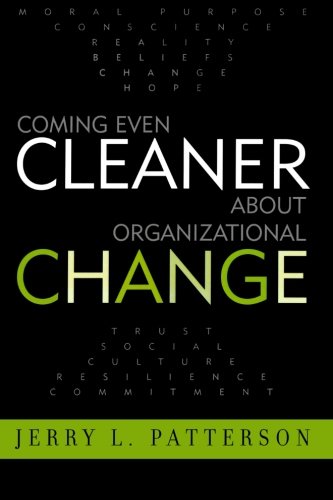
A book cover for Coming Even Cleaner About Organizational Change; Jerry L. Patterson; Business & Money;